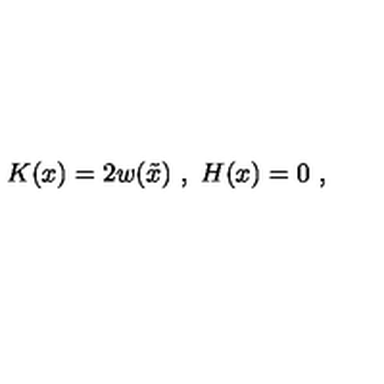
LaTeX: K ( x ) = 2 w ( \tilde { x } ) \ , \ H ( x ) = 0 \ ,